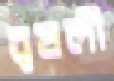
বৃষলী